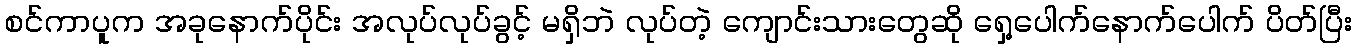
စင်ကာပူက အခုနောက်ပိုင်း အလုပ်လုပ်ခွင့် မရှိဘဲ လုပ်တဲ့ ကျောင်းသားတွေဆို ရှေ့ပေါက်နောက်ပေါက် ပိတ်ပြီး